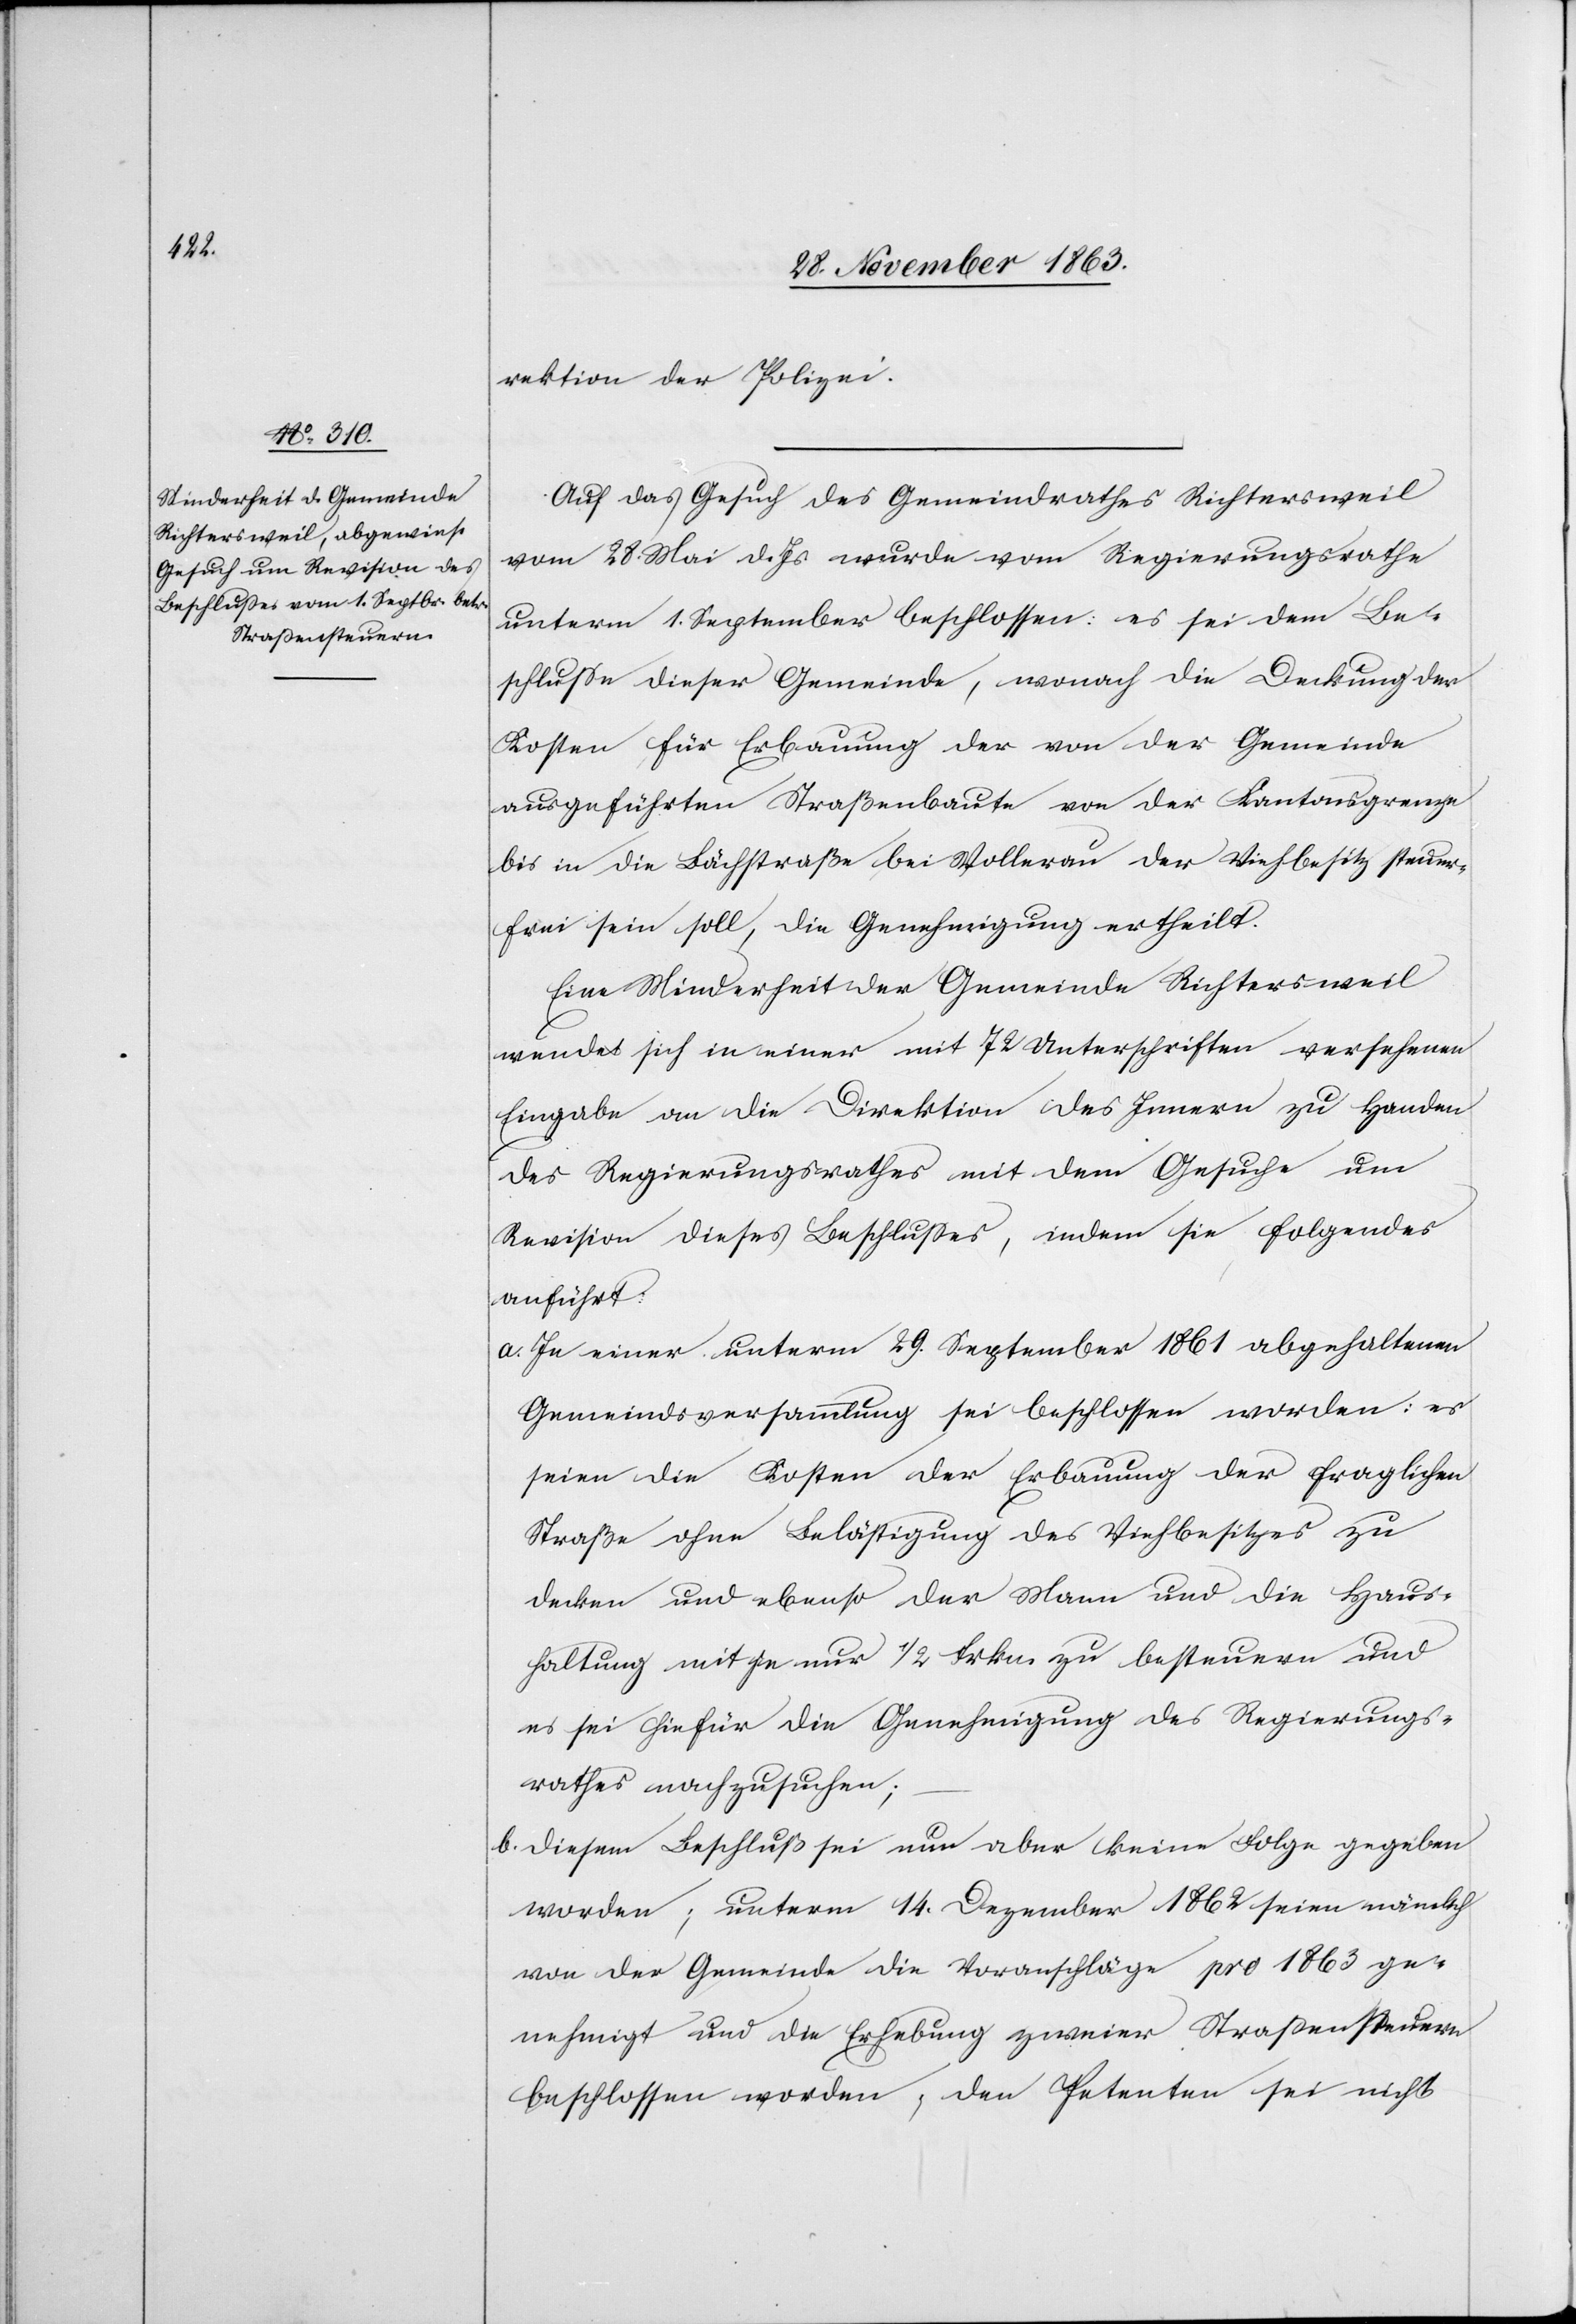
rektion der Polizei.
Auf das Gesuch des Gemeindrathes Richtersweil
vom 28. Mai d. Js. wurde vom Regierungsrathe
unterm 1. September beschlossen: es sei dem Be¬
schlusse dieser Gemeinde, wonach die Deckung der
Kosten für Erbauung der von der Gemeinde
ausgeführten Straßenbaute von der Kantonsgrenze
bis in die Bächstraße bei Wollerau der Viehbesitz steuer¬
frei sein soll, die Genehmigung ertheilt.
Eine Minderheit der Gemeinde Richtersweil
wendet sich in einer mit 72 Unterschriften versehenen
Eingabe an die Direktion des Innern zu Handen
des Regierungsrathes mit dem Gesuche um
Revision dieses Beschlusses, indem sie folgendes
anführt:
a. In einer unterm 29. September 1861 abgehaltenen
Gemeindsversammlung sei beschlossen worden: es
seien die Kosten der Erbauung der fraglichen
Straße ohne Belästigung des Viehbesitzes zu
decken und ebenso der Mann und die Haus¬
haltung mit je nur 1/2 Frkn. zu besteuern und
es sei hiefür die Genehmigung des Regierungs¬
rathes nachzusuchen;
b. diesem Beschluß sei nun aber keine Folge gegeben
worden; unterm 14. Dezember 1862 seien nämlich
von der Gemeinde die Voranschläge pro 1863 ge¬
nehmigt und die Erhebung zweier Strassensteuern
beschlossen worden; den Petenten sei nicht